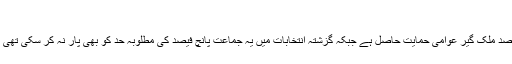
(01.09.2016)
اب AFD کو رائے عامہ کے جائزوں میں پندرہ فیصد ملک گیر عوامی حمایت حاصل ہے جبکہ گزشتہ انتخابات میں یہ جماعت پانچ فیصد کی مطلوبہ حد کو بھی پار نہ کر سکی تھی اور یوں پارلیمان میں پہنچنے سے قاصر رہی تھی۔